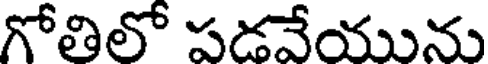
గోతిలో పడవేయును